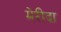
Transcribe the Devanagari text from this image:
मेरीदा